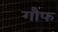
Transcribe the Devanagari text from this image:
गौफ